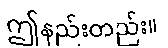
ဤနည်းတည်း။